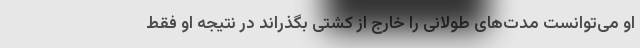
او می‌توانست مدت‌های طولانی را خارج از کشتی بگذراند در نتیجه او فقط